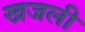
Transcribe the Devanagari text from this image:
खजली